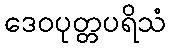
ဒေဝပုတ္တပရိသံ